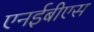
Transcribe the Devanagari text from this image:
एनईबीएस